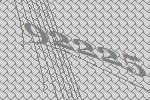
92225